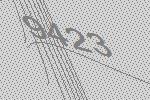
9423